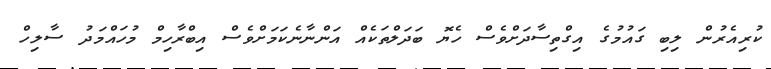
ކުރިއެރުން ލިބި ގަައުމުގެ އިގްތިސާދަށްވެސް ހެޔޮ ބަދަލްތަަކެއް އަންނާނެކަމަށްވެސް އިބްރާހިމް މުހައްމަދު ސާލިހް